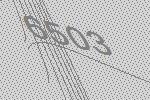
6503